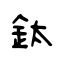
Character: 鈦